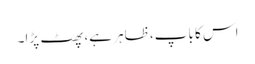
اس کا باپ، ظاہر ہے، پھٹ پڑا۔